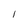
Character: 1